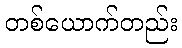
တစ်ယောက်တည်း